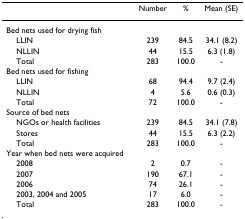
<table><thead><tr><td></td><td><b>Number</b></td><td><b>%</b></td><td><b>Mean (SE)</b></td></tr></thead><tbody><tr><td>Bed nets used for drying fish</td><td></td><td></td><td></td></tr><tr><td> LLIN</td><td>239</td><td>84.5</td><td>34.1 (8.2)</td></tr><tr><td> NLLIN</td><td>44</td><td>15.5</td><td>6.3 (1.8)</td></tr><tr><td> Total</td><td>283</td><td>100.0</td><td>-</td></tr><tr><td>Bed nets used for fishing</td><td></td><td></td><td></td></tr><tr><td> LLIN</td><td>68</td><td>94.4</td><td>9.7 (2.4)</td></tr><tr><td> NLLIN</td><td>4</td><td>5.6</td><td>0.6 (0.3)</td></tr><tr><td> Total</td><td>72</td><td>100.0</td><td>-</td></tr><tr><td>Source of bed nets</td><td></td><td></td><td></td></tr><tr><td> NGOs or health facilities</td><td>239</td><td>84.5</td><td>34.1 (7.8)</td></tr><tr><td> Stores</td><td>44</td><td>15.5</td><td>6.3 (2.2)</td></tr><tr><td> Total</td><td>283</td><td>100.0</td><td>-</td></tr><tr><td>Year when bed nets were acquired</td><td></td><td></td><td></td></tr><tr><td> 2008</td><td>2</td><td>0.7</td><td>-</td></tr><tr><td> 2007</td><td>190</td><td>67.1</td><td>-</td></tr><tr><td> 2006</td><td>74</td><td>26.1</td><td>-</td></tr><tr><td> 2003, 2004 and 2005</td><td>17</td><td>6.0</td><td>-</td></tr><tr><td> Total</td><td>283</td><td>100.0</td><td>-</td></tr></tbody></table>